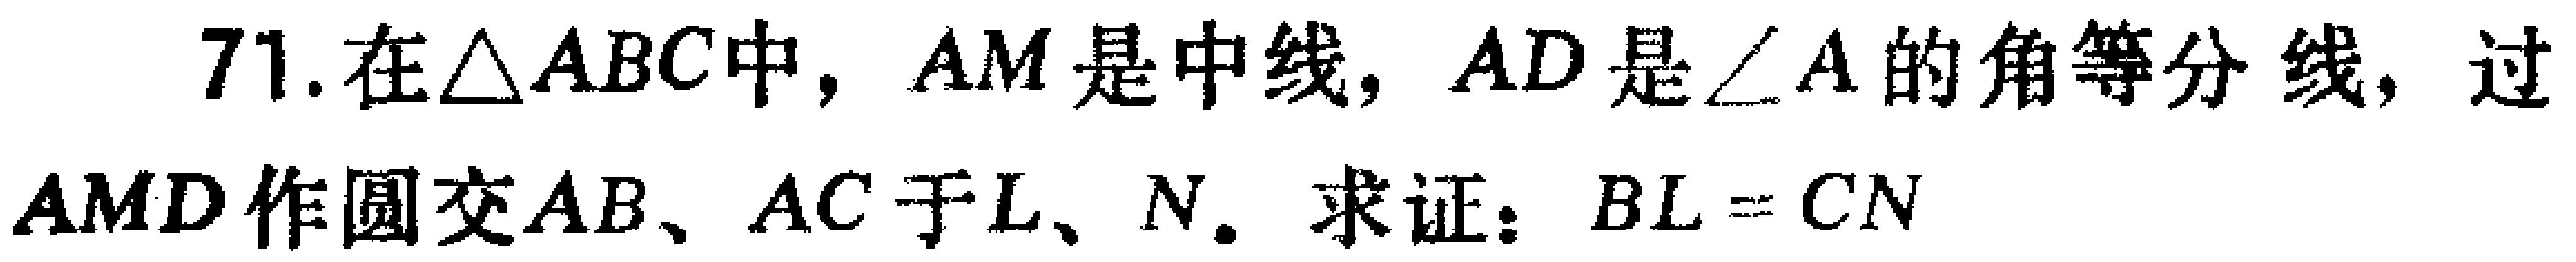
71. 在$\triangle ABC$中，$AM$是中线，$AD$是$\angle A$的角等分线，过$AMD$作圆交$AB$、$AC$于$L$、$N$. 求证：$BL = CN$